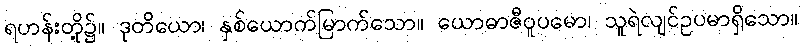
ရဟန်းတို့၌။ ဒုတိယော၊ နှစ်ယောက်မြာက်သော။ ယောဓာဇီဝူပမော၊ သူရဲလျင်ဥပမာရှိသော။